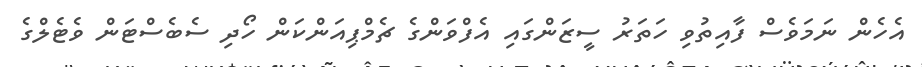
އެހެން ނަމަވެސް ފާއިތުވި ހަތަރު ސީޒަންގައި އެފްވަންގެ ޗެމްޕިއަންކަން ހޯދި ސެބެސްޓަން ވެޓެލްގެ